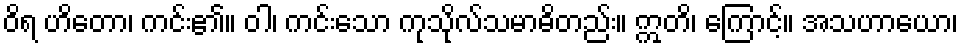
ဝိရ ဟိတော၊ ကင်း၏။ ဝါ၊ ကင်းသော ကုသိုလ်သမာဓိတည်း။ ဣတိ၊ ကြောင့်။ အသဟာယော၊